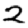
Digit: 2